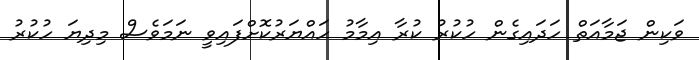
ވަކިން ޖަމާއަތް ހަދައިގެން ހުކުރު ކުރާ އިމާމު ހައްޔަރުކޮށްފައިވީ ނަމަވެސް މިދިޔަ ހުކުރު